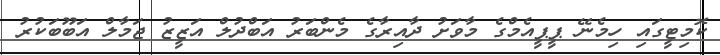
ކޮމިޓީގައި ހިމެނޭ ޕީޕީއެމްގެ މާވަށު ދާއިރާގެ މެންބަރު އަބްދުލް އަޒީޒު ޖަމާލް އަބޫބަކުރު